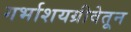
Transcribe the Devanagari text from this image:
गर्भाशयग्रीवेतून